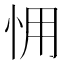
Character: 𢘭